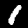
Digit: 1